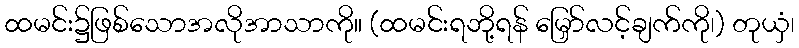
ထမင်း၌ဖြစ်သောအလိုအာသာကို။ (ထမင်းရဘို့ရန် မြှော်လင့်ချက်ကို၊) တုယှံ၊